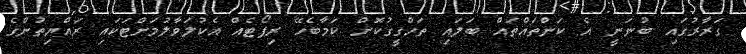
ގަރާރުގައި ބުނަނީ އެ ކަންތައްތައް ބަލައި ތަހްގީގުކޮށް ކަމާބެހޭ ރިޕޯޓެއް އެކުލަވާލުމަށްޓަކައި ރައްޔިތުންގެ